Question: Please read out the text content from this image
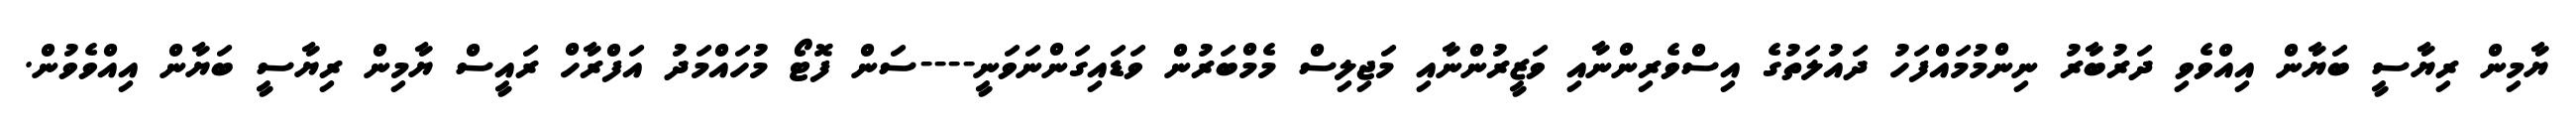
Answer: ޔާމިން ރިޔާސީ ބަޔާން އިއްވެވި ދަރުބާރު ނިންމުމައްފަހު ދައުލަތުގެ އިސްވެރިންނާއި ވަޒީރުންނާއި މަޖިލިސް މެމްބަރުން ވަޑައިގަންނަވަނީ----ސަން ފޮޓޯ މުހައްމަދު އަފްރާހް ރައީސް ޔާމިން ރިޔާސީ ބަޔާން އިއްވެވުން.